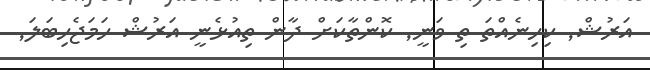
އަރުޝް